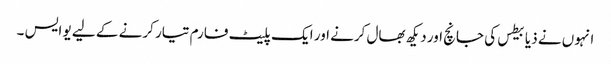
انہوں نے ذیابیطس کی جانچ اور دیکھ بھال کرنے اور ایک پلیٹ فارم تیار کرنے کے لیے یو ایس ۔